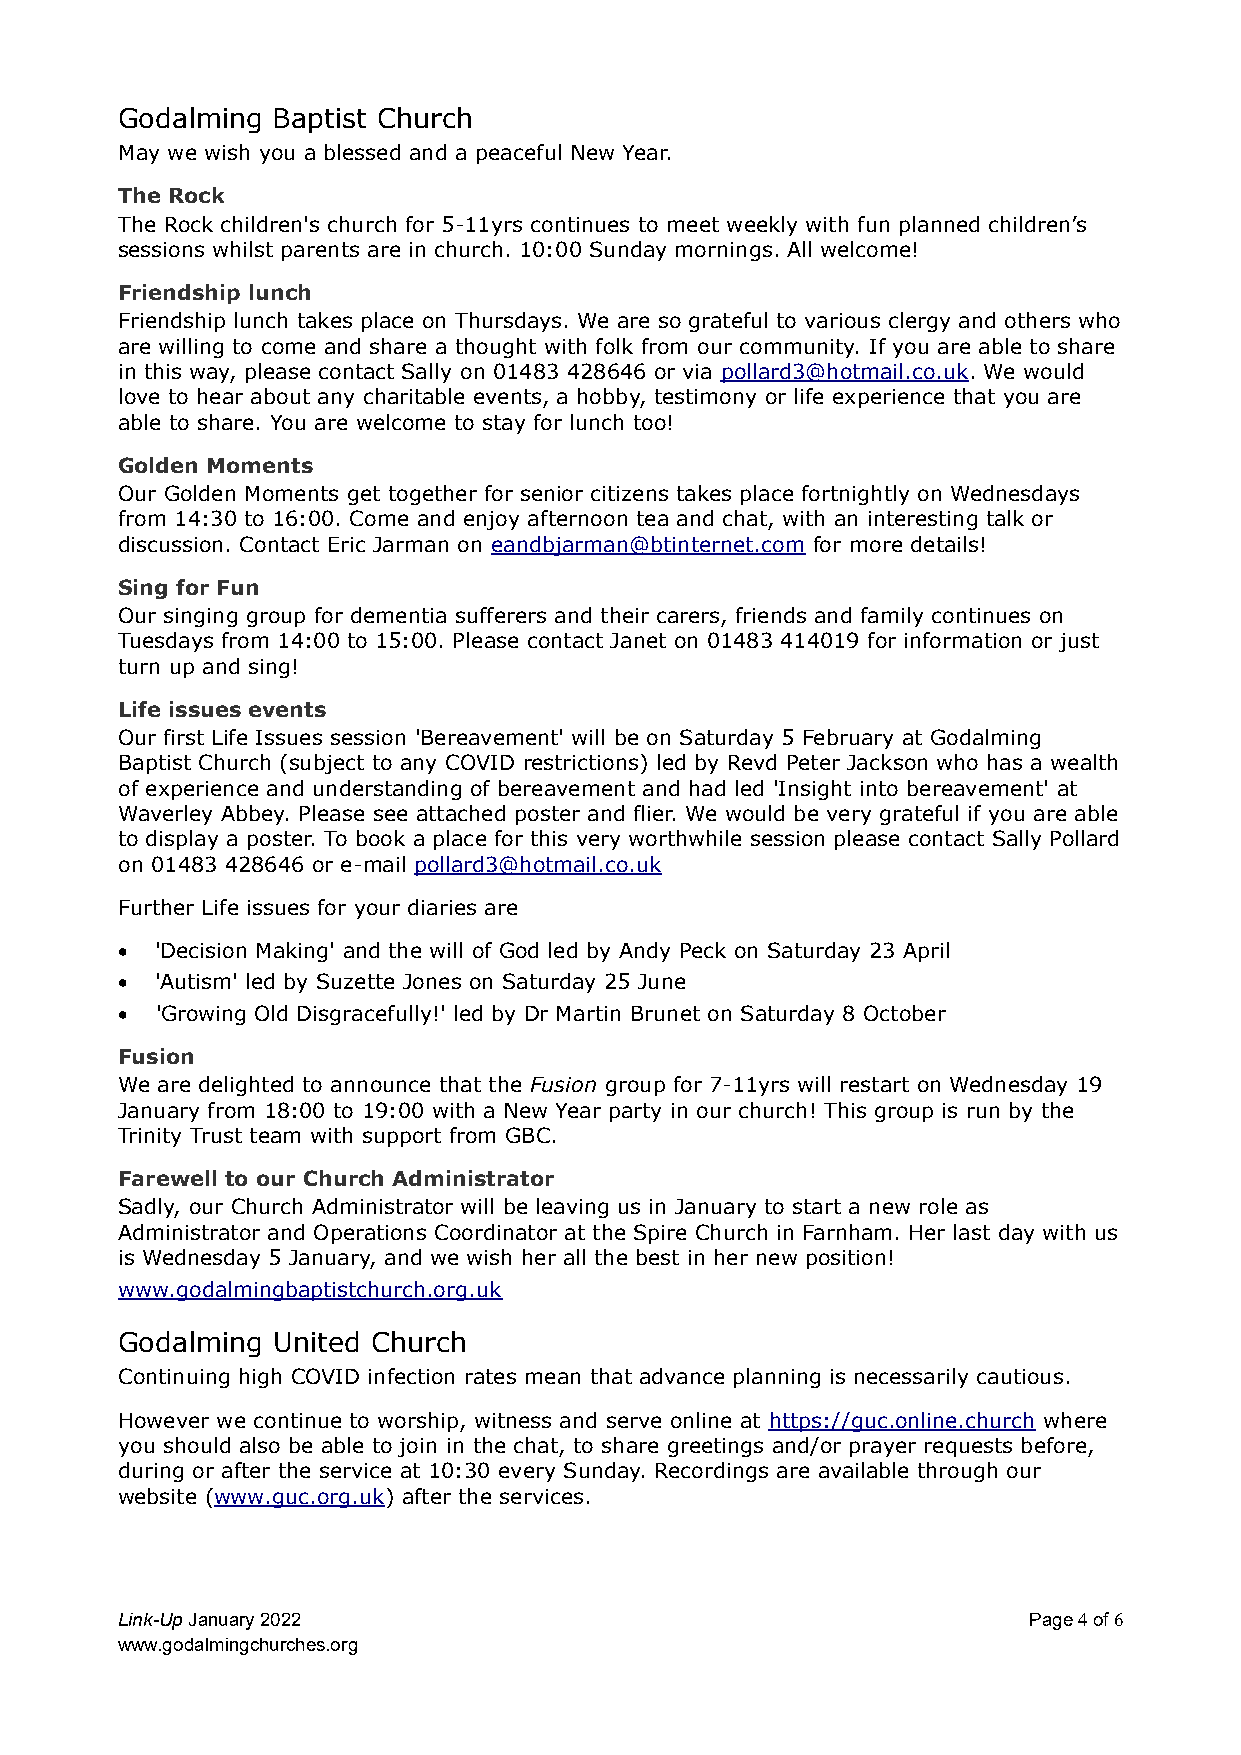
Godalming Baptist Church
 May we wish you a blessed and a peaceful New Year.
 The Rock
 The Rock children's church for 5-11yrs continues to meet weekly with fun planned children’s
 sessions whilst parents are in church. 10:00 Sunday mornings. All welcome!
 Friendship lunch
 Friendship lunch takes place on Thursdays. We are so grateful to various clergy and others who
 are willing to come and share a thought with folk from our community. If you are able to share
 in this way, please contact Sally on 01483 428646 or via pollard3@hotmail.co.uk. We would
 love to hear about any charitable events, a hobby, testimony or life experience that you are
 able to share. You are welcome to stay for lunch too!
 Golden Moments
 Our Golden Moments get together for senior citizens takes place fortnightly on Wednesdays
 from 14:30 to 16:00. Come and enjoy afternoon tea and chat, with an interesting talk or
 discussion. Contact Eric Jarman on eandbjarman@btinternet.com for more details!
 Sing for Fun
 Our singing group for dementia sufferers and their carers, friends and family continues on
 Tuesdays from 14:00 to 15:00. Please contact Janet on 01483 414019 for information or just
 turn up and sing!
 Life issues events
 Our first Life Issues session 'Bereavement' will be on Saturday 5 February at Godalming
 Baptist Church (subject to any COVID restrictions) led by Revd Peter Jackson who has a wealth
 of experience and understanding of bereavement and had led 'Insight into bereavement' at
 Waverley Abbey. Please see attached poster and flier. We would be very grateful if you are able
 to display a poster. To book a place for this very worthwhile session please contact Sally Pollard
 on 01483 428646 or e-mail pollard3@hotmail.co.uk
 Further Life issues for your diaries are
 • 'Decision Making' and the will of God led by Andy Peck on Saturday 23 April
 • 'Autism' led by Suzette Jones on Saturday 25 June
 • 'Growing Old Disgracefully!' led by Dr Martin Brunet on Saturday 8 October
 Fusion
 We are delighted to announce that the Fusion group for 7-11yrs will restart on Wednesday 19
 January from 18:00 to 19:00 with a New Year party in our church! This group is run by the
 Trinity Trust team with support from GBC.
 Farewell to our Church Administrator
 Sadly, our Church Administrator will be leaving us in January to start a new role as
 Administrator and Operations Coordinator at the Spire Church in Farnham. Her last day with us
 is Wednesday 5 January, and we wish her all the best in her new position!
 www.godalmingbaptistchurch.org.uk
 Godalming United Church
 Continuing high COVID infection rates mean that advance planning is necessarily cautious.
 However we continue to worship, witness and serve online at https://guc.online.church where
 you should also be able to join in the chat, to share greetings and/or prayer requests before,
 during or after the service at 10:30 every Sunday. Recordings are available through our
 website (www.guc.org.uk) after the services.
 Link-Up January 2022                                        Page 4 of 6
 www.godalmingchurches.org